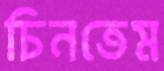
চিনতেম